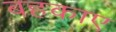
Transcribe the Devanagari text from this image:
बहकाए